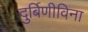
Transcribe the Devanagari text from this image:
दुर्बिणीविना